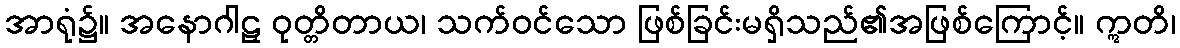
အာရုံ၌။ အနောဂါဠှ ဝုတ္တိတာယ၊ သက်ဝင်သော ဖြစ်ခြင်းမရှိသည်၏အဖြစ်ကြောင့်။ ဣတိ၊